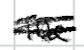
Text: The
Cross-out: mix
Writing tool: digital_black